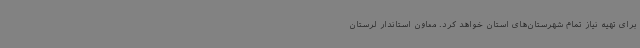
برای تهیه نیاز تمام شهرستان‌های استان خواهد کرد. معاون استاندار لرستان